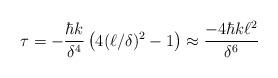
LaTeX: \begin{align*}\tau = - {\hbar k \over \delta^4} \left(4(\ell/\delta)^2-1\right) \approx {- 4 \hbar k \ell^2 \over \delta^6}\end{align*}